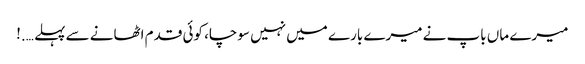
میرے ماں باپ نے میرے بارے میں نہیں سوچا، کوئی قدم اٹھانے سے پہلے ….!